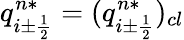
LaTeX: q_{i\pm\frac{1}{2}}^{n*}=(q_{i\pm\frac{1}{2}}^{n*})_{cl}